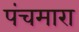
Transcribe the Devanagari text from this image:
पंचमारा